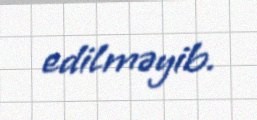
edilməyib.